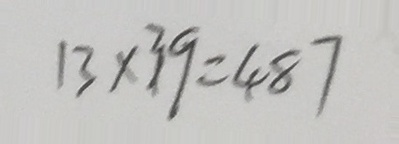
1 3 \times 3 9 = 4 8 7